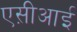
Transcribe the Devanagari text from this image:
एस़ीआई